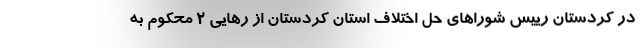
در کردستان رییس شوراهای حل اختلاف استان کردستان از رهایی ۲ محکوم به